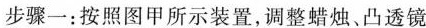
步骤一：按照图甲所示装置，调整蜡烛、凸透镜